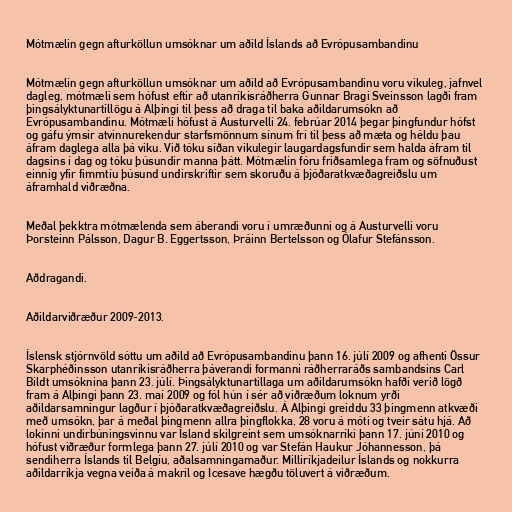
Mótmælin gegn afturköllun umsóknar um aðild Íslands að Evrópusambandinu

Mótmælin gegn afturköllun umsóknar um aðild að Evrópusambandinu voru vikuleg, jafnvel
dagleg, mótmæli sem hófust eftir að utanríkisráðherra Gunnar Bragi Sveinsson lagði fram
þingsályktunartillögu á Alþingi til þess að draga til baka aðildarumsókn að
Evrópusambandinu. Mótmæli hófust á Austurvelli 24. febrúar 2014 þegar þingfundur hófst
og gáfu ýmsir atvinnurekendur starfsmönnum sínum frí til þess að mæta og héldu þau
áfram daglega alla þá viku. Við tóku síðan vikulegir laugardagsfundir sem halda áfram til
dagsins í dag og tóku þúsundir manna þátt. Mótmælin fóru friðsamlega fram og söfnuðust
einnig yfir fimmtíu þúsund undirskriftir sem skoruðu á þjóðaratkvæðagreiðslu um
áframhald viðræðna.

Meðal þekktra mótmælenda sem áberandi voru í umræðunni og á Austurvelli voru
Þorsteinn Pálsson, Dagur B. Eggertsson, Þráinn Bertelsson og Ólafur Stefánsson.

Aðdragandi.

Aðildarviðræður 2009-2013.

Íslensk stjórnvöld sóttu um aðild að Evrópusambandinu þann 16. júlí 2009 og afhenti Össur
Skarphéðinsson utanríkisráðherra þáverandi formanni ráðherraráðs sambandsins Carl
Bildt umsóknina þann 23. júlí. Þingsályktunartillaga um aðildarumsókn hafði verið lögð
fram á Alþingi þann 23. maí 2009 og fól hún í sér að viðræðum loknum yrði
aðildarsamningur lagður í þjóðaratkvæðagreiðslu. Á Alþingi greiddu 33 þingmenn atkvæði
með umsókn, þar á meðal þingmenn allra þingflokka, 28 voru á móti og tveir sátu hjá. Að
lokinni undirbúningsvinnu var Ísland skilgreint sem umsóknarríki þann 17. júní 2010 og
hófust viðræður formlega þann 27. júlí 2010 og var Stefán Haukur Jóhannesson, þá
sendiherra Íslands til Belgíu, aðalsamningamaður. Milliríkjadeilur Íslands og nokkurra
aðildarríkja vegna veiða á makríl og Icesave hægðu töluvert á viðræðum.